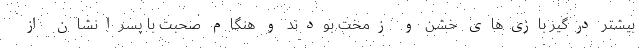
بیشتر درگیر بازی‌های خشن و زمخت بودند و هنگام صحبت با پسرانشان از